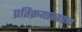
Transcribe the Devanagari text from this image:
प्रतिक्रयास्वरूप